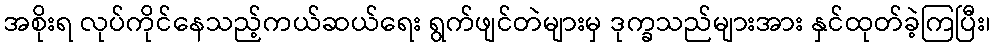
အစိုးရ လုပ်ကိုင်နေသည့်ကယ်ဆယ်ရေး ရွက်ဖျင်တဲများမှ ဒုက္ခသည်များအား နှင်ထုတ်ခဲ့ကြပြီး၊